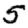
Digit: 5